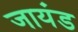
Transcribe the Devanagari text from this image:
जायंड